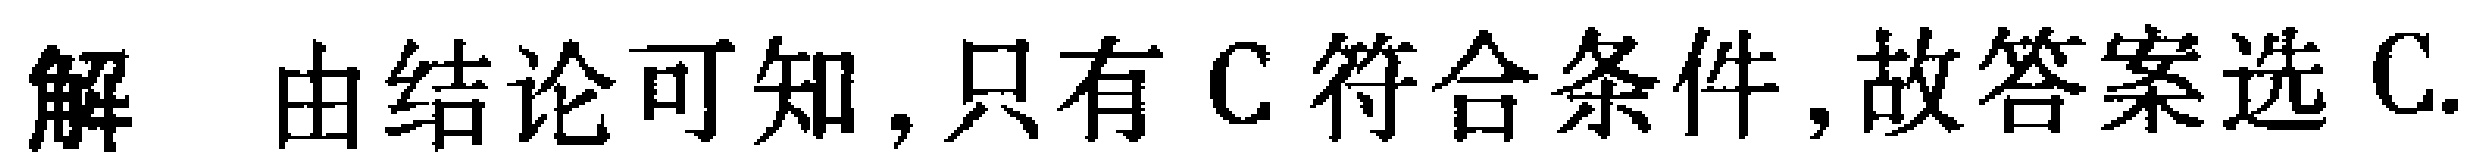
解 由结论可知, 只有C符合条件, 故答案选C.